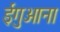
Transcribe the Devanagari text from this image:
ईगुआना